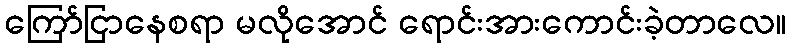
ကြော်ငြာနေစရာ မလိုအောင် ရောင်းအားကောင်းခဲ့တာလေ။